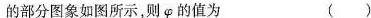
的部分图象如图所示，则\varphi的值为 ()